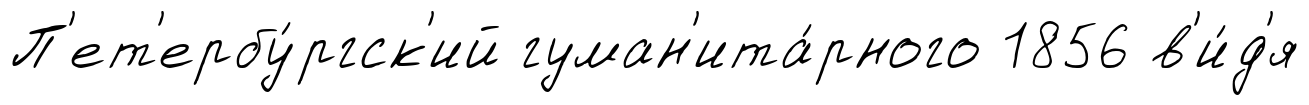
П'ет'ербу́ргск'ий гуман'ита́рного 1856 в'и́д'я